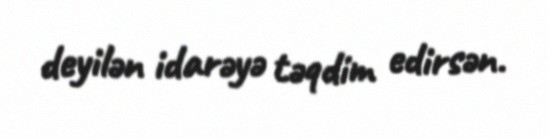
deyilən idarəyə təqdim edirsən.